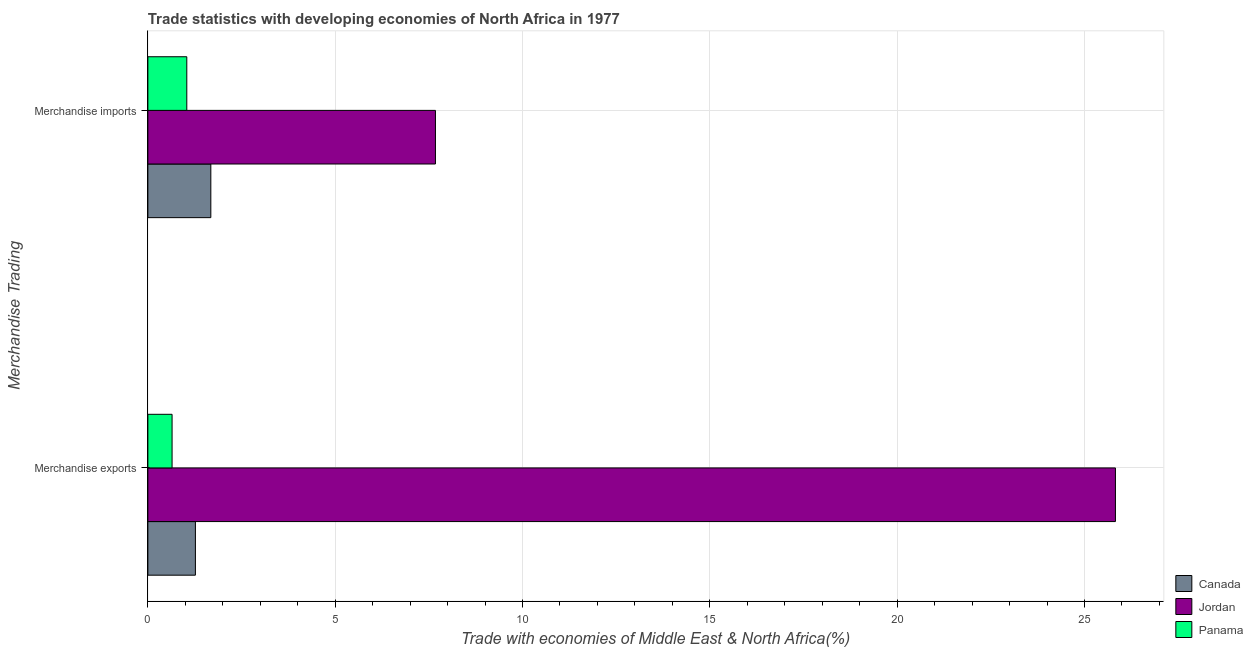
| Merchandise Trading | Canada | Jordan | Panama |
 | --- | --- | --- | --- |
 | Merchandise exports | 1.27 | 25.8 | 0.646 |
 | Merchandise imports | 1.68 | 7.68 | 1.04 |